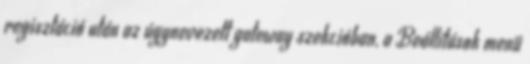
regisztáció után az úgynevezett gateway szekcióban, a Beállítások menü